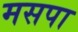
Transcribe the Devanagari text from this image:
मसपा